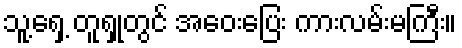
သူ့ရှေ့ တူရှုတွင် အဝေးပြေး ကားလမ်းမကြီး။